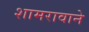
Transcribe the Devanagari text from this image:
शामरावाने